Scottish Leaving Certificate Examination, 1958
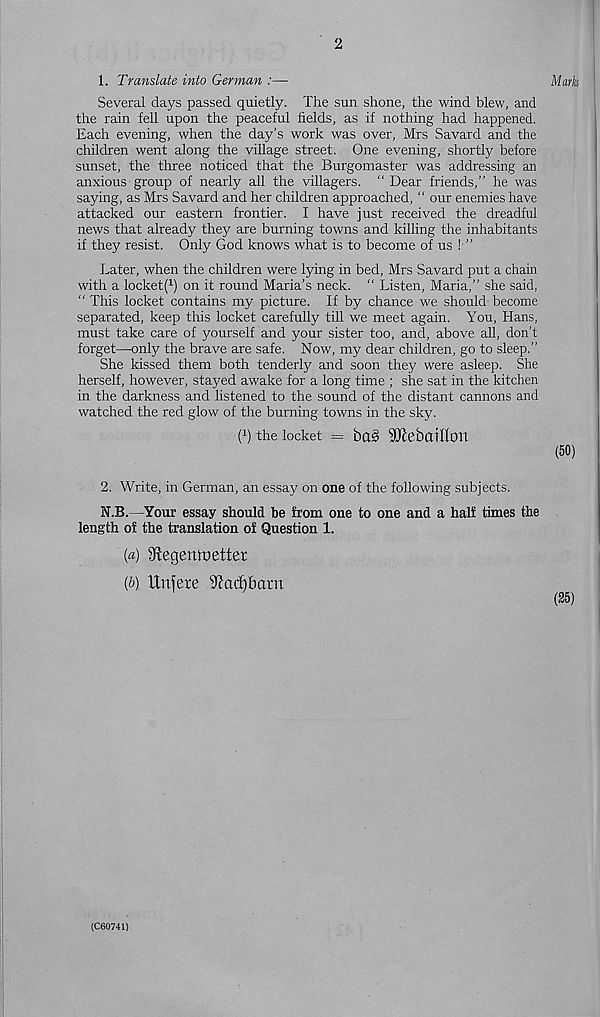
2
1. Translate into German :—
Mark
Several days passed quietly. The sun shone, the wind blew, and
the rain fell upon the peaceful fields, as if nothing had happened.
Each evening, when the day’s work was over, Mrs Savard and the
children went along the village street. One evening, shortly before
sunset, the three noticed that the Burgomaster was addressing an
anxious group of nearly all the villagers. “Dear friends,” he was
saying, as Mrs Savard and her children approached, “ our enemies have
attacked our eastern frontier. I have just received the dreadful
news that already they are burning towns and killing the inhabitants
if they resist. Only God knows what is to become of us ! ”
Later, when the children were lying in bed, Mrs Savard put a chain
with a locket( 1 ) on it round Maria’s neck. “ Listen, Maria,” she said,
“ This locket contains my picture. If by chance we should become
separated, keep this locket carefully till we meet again. You, Hans,
must take care of yourself and your sister too, and, above all, don’t
forget—only the brave are safe. Now, my dear children, go to sleep.”
She kissed them both tenderly and soon they were asleep. She
herself, however, stayed awake for a long time ; she sat in the kitchen
in the darkness and listened to the sound of the distant cannons and
watched the red glow of the burning towns in the sky.
( x ) the locket = bag ^Jlebailton
(SO)
2. Write, in German, an essay on one of the following subjects.
N.B.—Your essay should be from one to one and a half times the
length of the translation of Question 1.
(«) Stegemoetter
[b) Unfere Stfadjbarn
(C60741)